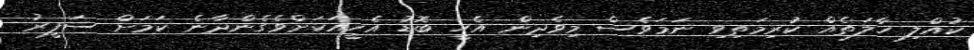
ކުއްލި ހާލަތެއް ކުރިމަތިވި ނަމަވެސް މިވެދިން އެހީ ބޮޑު އެހީއަކަށްވެގެންދާނެ ކަމަށް ސަފީރު